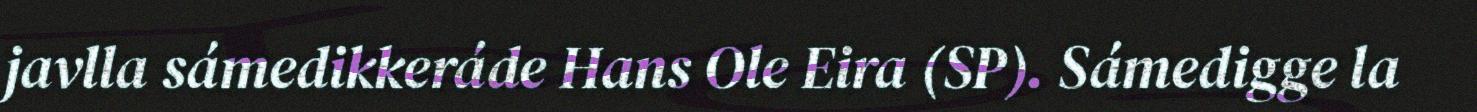
javlla sámedikkeráde Hans Ole Eira (SP). Sámedigge la